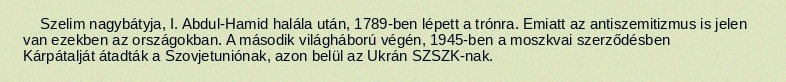
Szelim nagybátyja, I. Abdul-Hamid halála után, 1789-ben lépett a trónra. Emiatt az antiszemitizmus is jelen van ezekben az országokban. A második világháború végén, 1945-ben a moszkvai szerződésben Kárpátalját átadták a Szovjetuniónak, azon belül az Ukrán SZSZK-nak.